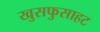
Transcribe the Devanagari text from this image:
खुसफुसाहट